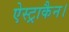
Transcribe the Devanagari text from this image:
ऐस्ट्राकैन।